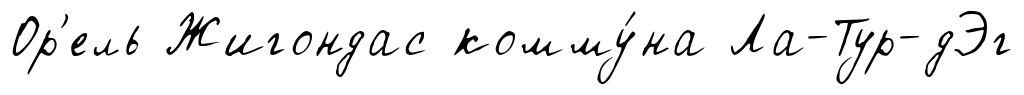
Ор'ель Жигондас комму́на Ла-Тур-дЭг